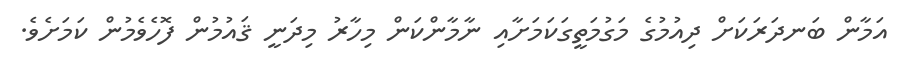
އަމާން ބަނދަރަކަށް ދިއުމުގެ މަގުމަތީގަކަމަށާއި ނާމާންކަން މިހާރު މިދަނީ ޤައުމުން ފޮހެވެމުން ކަމަށެވެ.